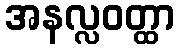
အနလ္လဝတ္ထာ